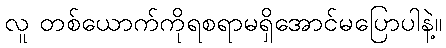
လူ တစ်ယောက်ကိုရစရာမရှိအောင်မပြောပါနဲ့။